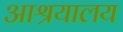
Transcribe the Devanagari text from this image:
आश्रयालय